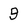
Character: 9